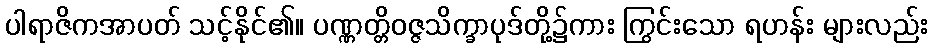
ပါရာဇိကအာပတ် သင့်နိုင်၏။ ပဏ္ဏတ္တိဝဇ္ဇသိက္ခာပုဒ်တို့၌ကား ကြွင်းသော ရဟန်း များလည်း